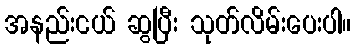
အနည်းငယ် ဆွပြီး သုတ်လိမ်းပေးပါ။